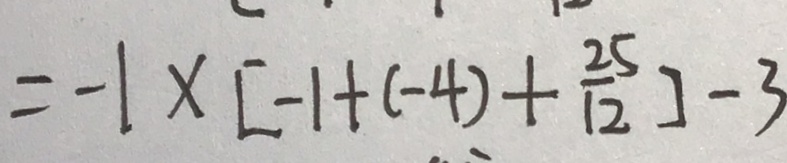
= - 1 \times [ - 1 + ( - 4 ) + \frac { 2 5 } { 1 2 } ] - 3